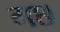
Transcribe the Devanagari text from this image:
गछ